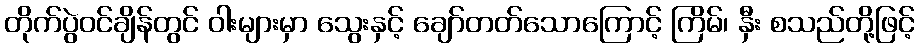
တိုက်ပွဲဝင်ချိန်တွင် ဝါးများမှာ သွေးနှင့် ချော်တတ်သောကြောင့် ကြိမ်၊ နှီး စသည်တို့ဖြင့်